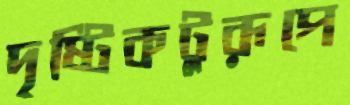
দৃষ্টিকটুরূপে